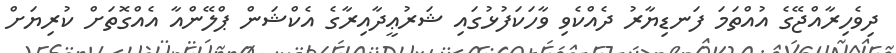
ދިވެހިރާއްޖޭގެ އުއްތަމަ ފަނޑިޔާރު ދެއްކެވި ވާހަކަފުޅުގައި ޝަރުޢީދާއިރާގެ އެކްޝަން ޕްލޭންއާ އެއްގޮތަށް ކުރިޔަށް